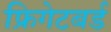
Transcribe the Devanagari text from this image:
फ्रिगेटबर्ड